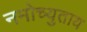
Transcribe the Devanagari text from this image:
नमोच्युताय